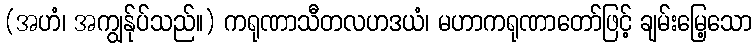
(အဟံ၊ အကျွန်ုပ်သည်။) ကရုဏာသီတလဟဒယံ၊ မဟာကရုဏာတော်ဖြင့် ချမ်းမြေ့သော